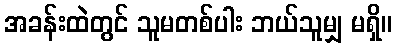
အခန်းထဲတွင် သူမတစ်ပါး ဘယ်သူမျှ မရှိ။